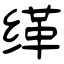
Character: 缂